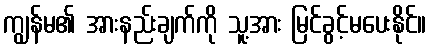
ကျွန်မ၏ အားနည်းချက်ကို သူ့အား မြင်ခွင့်မပေးနိုင်။